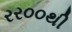
રર૦૦થી